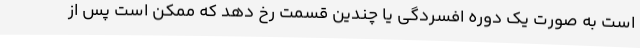
است به صورت یک دوره افسردگی یا چندین قسمت رخ دهد که ممکن است پس از